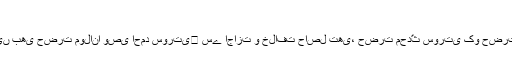
سلسلۂ عالیہ نقشبندیہ:
حضرت قطبِ مدینہ قدّس سرہ کو سلسلۂ عالیہ نقشبندیہ میں بھی حضرت مولانا وصی احمد سورتی﷫ سے اجازت و خلافت حاصل تھی، حضرت محدّث سورتی کو حضرت مولانا شاہ فضلِ رحمٰن گنج مرادآبادی سے خلافت حاصل تھی۔